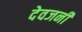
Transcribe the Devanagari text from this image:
देवजनी